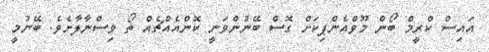
އައިސް ކްރީމް ބޯން މޫވްއެންޕިކަށް ގޮސް ބޭނުންވަނީ ކޮންއެއްޗެއް ތޯ ވިސްނާލާށެވެ. ބޭނުމީ